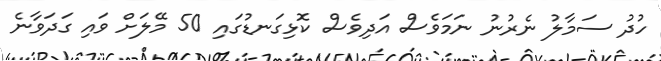
ހުދު ސަމާލު ނެރުނު ނަމަވެސް އަދިވެސް ކޮޅިގަނޑުގައި 50 މޭލަށް ވައި ގަދަވާނެ